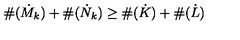
\# ( \dot { M } _ { k } ) + \# ( \dot { N } _ { k } ) \geq \# ( \dot { K } ) + \# ( \dot { L } )